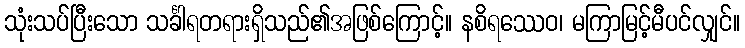
သုံးသပ်ပြီးသော သင်္ခါရတရားရှိသည်၏အဖြစ်ကြောင့်။ နစိရဿေဝ၊ မကြာမြင့်မီပင်လျှင်။